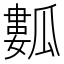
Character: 𤬏